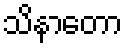
သိနာတော